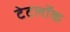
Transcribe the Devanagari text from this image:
टेटलॉक